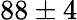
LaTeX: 88\pm 4